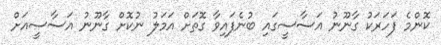
ކޮންމެ ފަހަރަކު ގާނޫނު އަސާސީގައި ބުނެފައިވާ ގޮތަށް އަމަލު ނުކޮށް ގާނޫނު އަސާސީއަށް